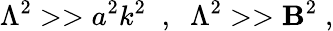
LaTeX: \Lambda^{2}>>a^{2}k^{2}\; \; ,\; \; \Lambda^{2}>>\mathbf{B}^{2}\; ,